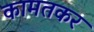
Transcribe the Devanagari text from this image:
कामतकर